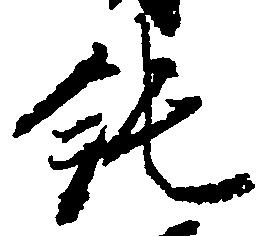
純